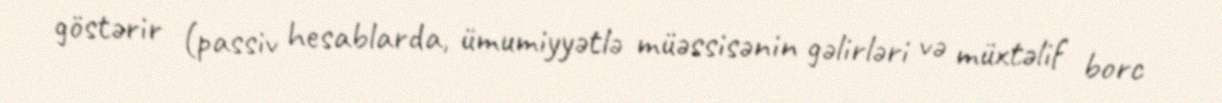
göstərir (passiv hesablarda, ümumiyyətlə müəssisənin gəlirləri və müxtəlif borc